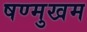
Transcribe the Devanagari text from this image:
षण्मुखम